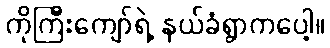
ကိုကြီးကျော်ရဲ့ နယ်ခံရွာကပေါ့။